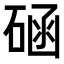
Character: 𥓞